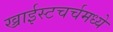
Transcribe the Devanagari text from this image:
ख्राईस्टचर्चमध्ये